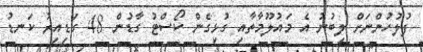
ފުލުހުންނަށް ލިބުނު އެ މައުލޫމާތާއި ގުޅިގެން ކޯސްޓު ގާޑުން 48 ގަޑިއިރު ކަނޑު